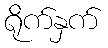
ရိုက်နှက်